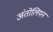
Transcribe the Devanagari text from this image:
अंतोलियन